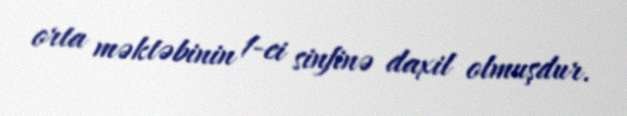
orta məktəbinin 1-ci sinfinə daxil olmuşdur.